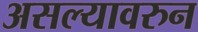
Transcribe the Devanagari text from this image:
असल्यावरुन